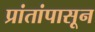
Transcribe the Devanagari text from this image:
प्रांतांपासून